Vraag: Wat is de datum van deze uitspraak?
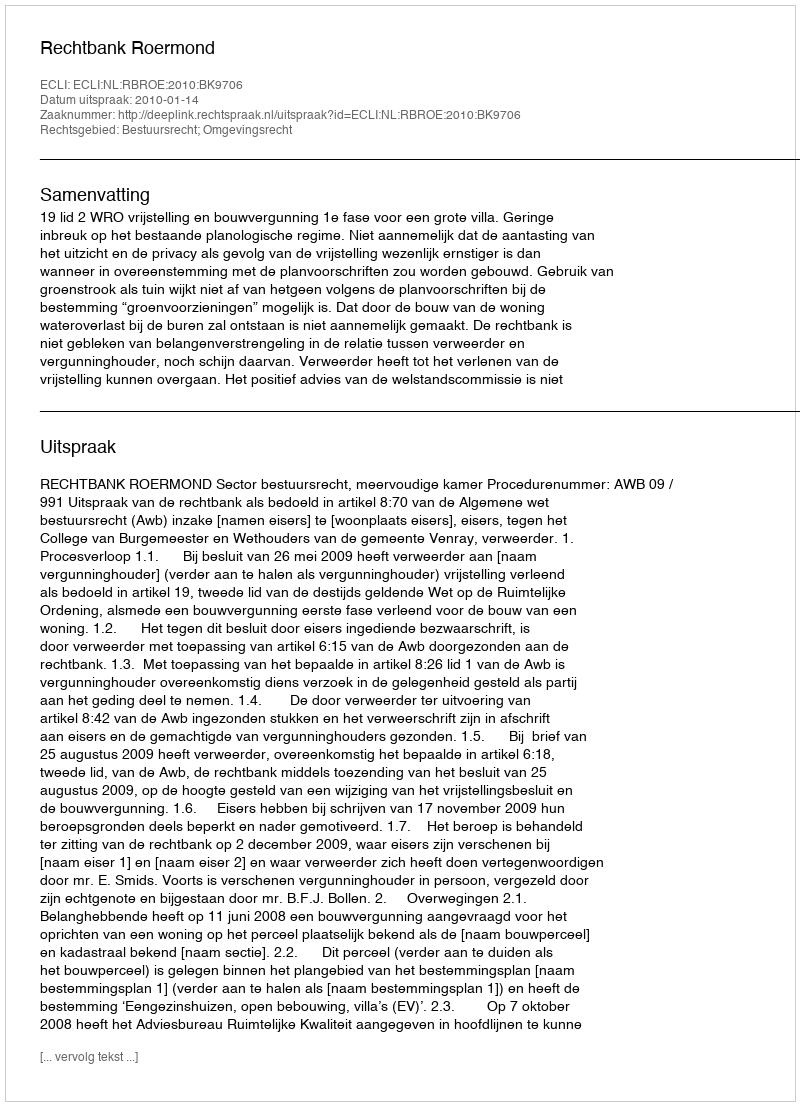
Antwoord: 2010-01-14